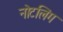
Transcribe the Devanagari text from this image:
नोटलिंग